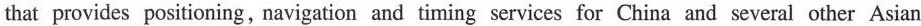
that provides positioning,navigation and timing services for China and several other Asian